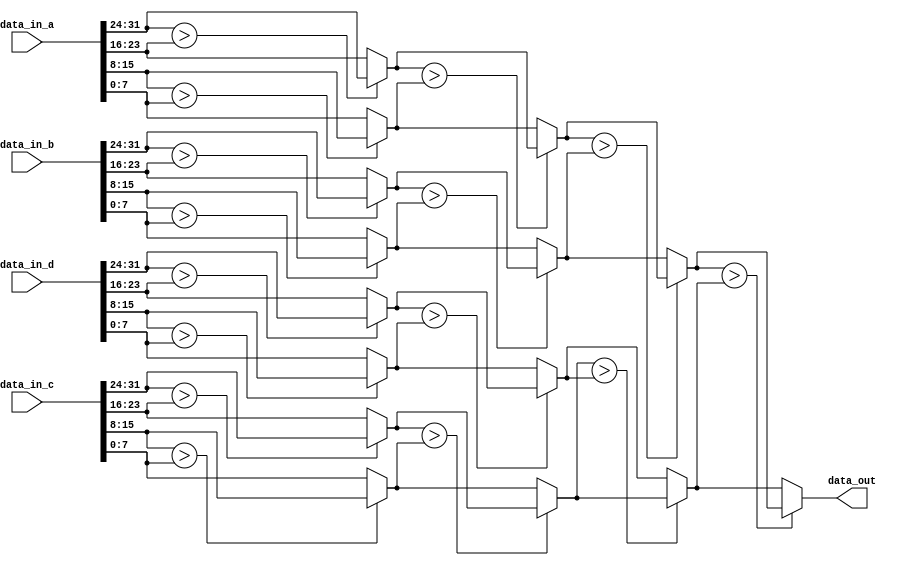
`timescale 1ns / 1ps
//////////////////////////////////////////////////////////////////////////////////
// Company: 
// Engineer: 
// 
// Design Name: 
// Module Name: Pooling
// Project Name: 
// Target Devices: 
// Tool Versions: 
// Description: 
// 
// Dependencies: 
// 
// Revision:
// Revision 0.01 - File Created
// Additional Comments:
// 
//////////////////////////////////////////////////////////////////////////////////


module Pooling(data_in_a, data_in_b, data_in_c, data_in_d, data_out );

parameter DW = 8; //bit of out pixel
parameter IN_DW = DW * 4;

input [IN_DW-1:0] data_in_a; //get four datas
input [IN_DW-1:0] data_in_b;
input [IN_DW-1:0] data_in_c;
input [IN_DW-1:0] data_in_d;
//input clk, reset;
output [DW-1:0] data_out;

wire [DW-1:0] data [0:15];

wire [DW-1:0] max1;
wire [DW-1:0] max2;
wire [DW-1:0] max3;
wire [DW-1:0] max4;
wire [DW-1:0] max5;
wire [DW-1:0] max6;
wire [DW-1:0] max7;
wire [DW-1:0] max8;
wire [DW-1:0] max2_1;
wire [DW-1:0] max2_2;
wire [DW-1:0] max2_3;
wire [DW-1:0] max2_4;
wire [DW-1:0] max3_1;
wire [DW-1:0] max3_2;
wire [DW-1:0] finalmax;

assign data[0] = { data_in_a[DW*4-1:DW*3] };
assign data[1] = { data_in_a[DW*3-1:DW*2] };
assign data[2] = { data_in_a[DW*2-1:DW] };
assign data[3] = { data_in_a[DW-1:0] };
assign data[4] = { data_in_b[DW*4-1:DW*3] };
assign data[5] = { data_in_b[DW*3-1:DW*2] };
assign data[6] = { data_in_b[DW*2-1:DW] };
assign data[7] = { data_in_b[DW-1:0] };
assign data[8] = { data_in_c[DW*4-1:DW*3] };
assign data[9] = { data_in_c[DW*3-1:DW*2] };
assign data[10] = { data_in_c[DW*2-1:DW] };
assign data[11] = { data_in_c[DW-1:0] };
assign data[12] = { data_in_d[DW*4-1:DW*3] };
assign data[13] = { data_in_d[DW*3-1:DW*2] };
assign data[14] = { data_in_d[DW*2-1:DW] };
assign data[15] = { data_in_d[DW-1:0] };

//compare 2 values 8 -> 4
assign max1 = data[0] > data[1] ? data[0] : data[1];
assign max2 = data[2] > data[3] ? data[2] : data[3];
assign max3 = data[4] > data[5] ? data[4] : data[5];
assign max4 = data[6] > data[7] ? data[6] : data[7];
assign max5 = data[8] > data[9] ? data[8] : data[9];
assign max6 = data[10] > data[11] ? data[10] : data[11];
assign max7 = data[12] > data[13] ? data[12] : data[13];
assign max8 = data[14] > data[15] ? data[14] : data[15];
//compare 2 values 4 -> 2
assign max2_1 = max1 > max2 ? max1 : max2;
assign max2_2 = max3 > max4 ? max3 : max4;
assign max2_3 = max5 > max6 ? max5 : max6;
assign max2_4 = max7 > max8 ? max7 : max8;
//compare 2 values 2 -> 1
assign max3_1 = max2_1 > max2_2 ? max2_1 : max2_2;
assign max3_2 = max2_3 > max2_4 ? max2_3 : max2_4;
assign finalmax = max3_1 > max3_2 ? max3_1 : max3_2;
//output last value
assign data_out = finalmax;
endmodule